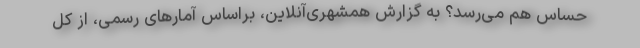
حساس هم می‌رسد؟ به گزارش همشهری‌آنلاین، براساس آمارهای رسمی، از کل